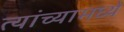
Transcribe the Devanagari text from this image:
त्‍यांच्‍यामध्‍ये